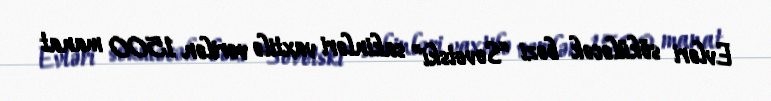
Evləri söküləcək bəzi “Sovetski” sakinləri vaxtilə verilən 1500 manat